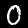
Label: 0